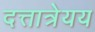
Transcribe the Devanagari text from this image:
दत्तात्रेयय